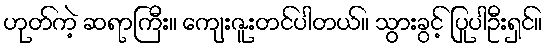
ဟုတ်ကဲ့ ဆရာကြီး။ ကျေးဇူးတင်ပါတယ်။ သွားခွင့် ပြုပါဦးရှင်။